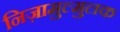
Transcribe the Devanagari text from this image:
निज़ामुल्मुलक